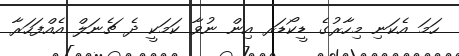
ހަމަ އެކަނި މިހާރުގެ ޑީކޯޑަރ އިން ނުވާ ކަމަކީ ދެ ޗެނަލް އެއްފަހަރާ